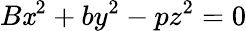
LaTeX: B\mathit{x}^{2}+by^{2}-pz^{2}=0